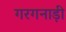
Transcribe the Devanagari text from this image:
गरगनाड़ी